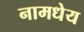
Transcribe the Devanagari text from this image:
नामधेय